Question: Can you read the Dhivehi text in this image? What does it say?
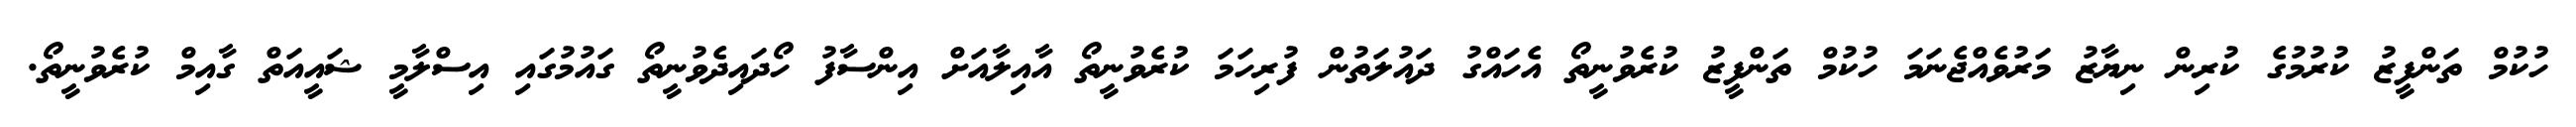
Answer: ހުކުމް ތަންފީޒު ކުރުމުގެ ކުރިން ނިޔާޒު މަރުވެއްޖެނަމަ ހުކުމް ތަންފީޒު ކުރެވުނީތޯ އެހައްގު ދައުލަތުން ފުރިހަމަ ކުރެވުނީތޯ އާއިލާއަށް އިންސާފު ހޯދައިދެވުނީތޯ ގައުމުގައި އިސްލާމީ ޝައީއަތް ގާއިމް ކުރެވުނީތޯ.